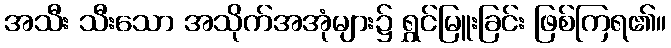
အသီး သီးသော အသိုက်အအုံများ၌ ရွှင်မြူးခြင်း ဖြစ်ကြရ၏။